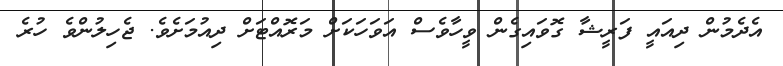
އެދެމުން ދިއައީ ފަރީޝާ ގޮވައިގެން ވީހާވެސް އަވަހަކަށް މަރޮއްޓަށް ދިއުމަށެވެ. ޖެހިލުންވެ ހުރެ